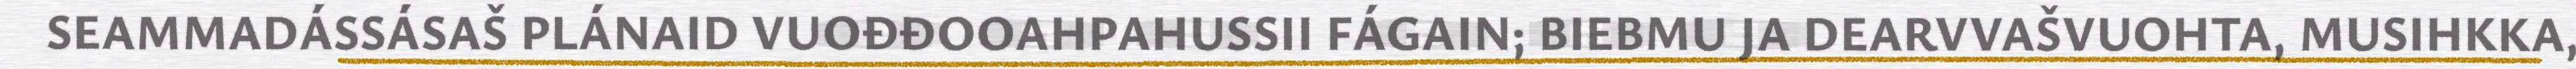
SEAMMADÁSSÁSAŠ PLÁNAID VUOĐĐOOAHPAHUSSII FÁGAIN; BIEBMU JA DEARVVAŠVUOHTA, MUSIHKKA,